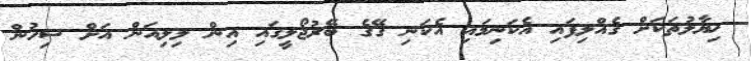
ޚިޔާލުތަކަށް ގެއްލިފައި އެކަނިމައި އެކަނި ގޭގެ ބޭރުޖޯލީގައި އިން ލިލިއަން އަށް ސިހުން